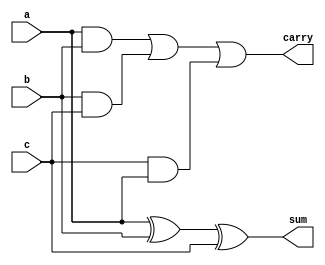
`timescale 1ns / 1ps
//////////////////////////////////////////////////////////////////////////////////
// Company: 
// Engineer: 
// 
// Design Name: 
// Module Name: FA
// Project Name: 
// Target Devices: 
// Tool Versions: 
// Description: 
// 
// Dependencies: 
// 
// Revision:
// Revision 0.01 - File Created
// Additional Comments:
// 
//////////////////////////////////////////////////////////////////////////////////


module FA(a,b,c,sum,carry);
input a,b,c;
output sum,carry;
assign sum=a^b^c;
assign carry=(a&b)|(b&c)|(c&a);
endmodule